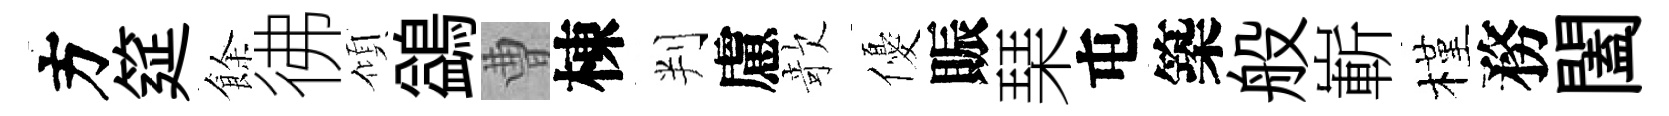
方筵餘彿傾鷁曹棟判慮欹優賑琹屯築般嶄槿務闔